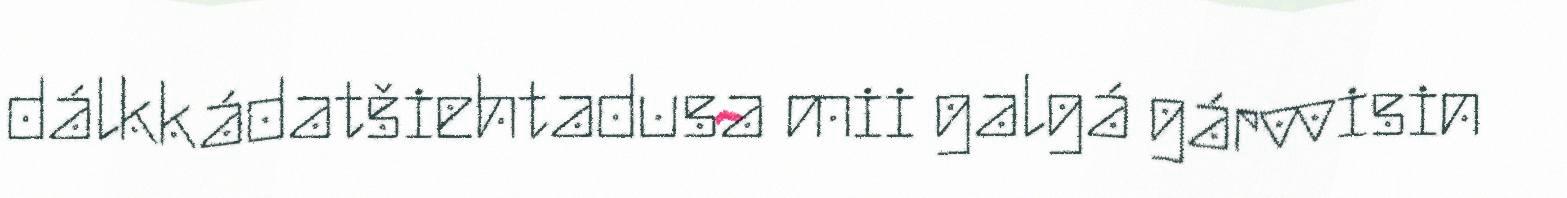
dálkkádatšiehtadusa mii galgá gárvvisin